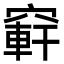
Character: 䆭